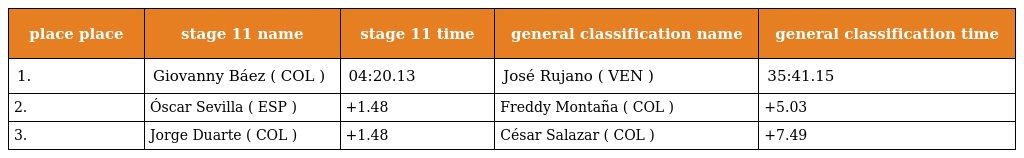
| place place | stage 11 name | stage 11 time | general classification name | general classification time |
 | --- | --- | --- | --- | --- |
 | 1. | Giovanny Báez ( COL ) | 04:20.13 | José Rujano ( VEN ) | 35:41.15 |
 | 2. | Óscar Sevilla ( ESP ) | +1.48 | Freddy Montaña ( COL ) | +5.03 |
 | 3. | Jorge Duarte ( COL ) | +1.48 | César Salazar ( COL ) | +7.49 |